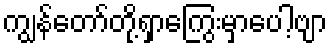
ကျွန်တော်တို့ရှာကြွေးမှာပေါ့ဗျာ